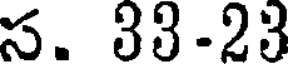
స. 33-23